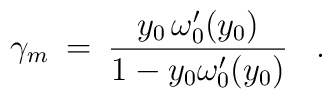
\gamma_m \> = \> { y_0 \, \omega'_0(y_0) \over 1 -  y_0 \omega'_0(y_0)}\;\;\;.